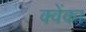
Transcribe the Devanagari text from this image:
क्वेंका